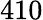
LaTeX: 410